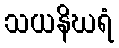
သယနိဃရံ